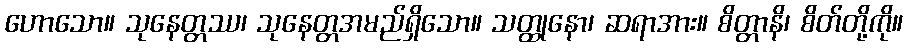
ဟောသော။ သုနေတ္တဿ၊ သုနေတ္တအမည်ရှိသော။ သတ္ထုနော၊ ဆရာအား။ စိတ္တာနိ၊ စိတ်တို့ကို။